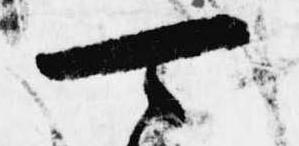
可